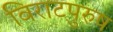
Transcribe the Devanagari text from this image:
विराटपुरुष